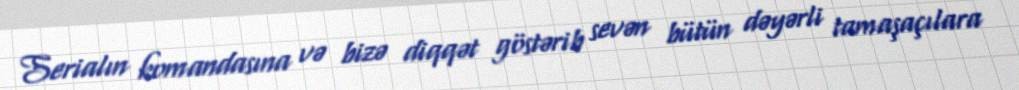
Serialın komandasına və bizə diqqət göstərib sevən bütün dəyərli tamaşaçılara